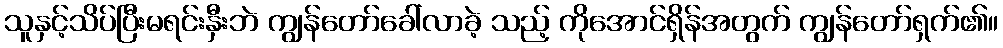
သူနှင့်သိပ်ပြီးမရင်းနှီးဘဲ ကျွန်တော်ခေါ်လာခဲ့ သည့် ကိုအောင်ရှိန်အတွက် ကျွန်တော်ရှက်၏။